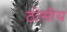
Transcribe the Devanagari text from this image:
ठोसीय